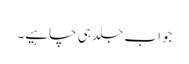
جواب جلد ہی چاہیے۔